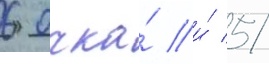
6 очка́ и́ 5